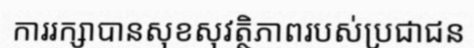
ការរក្សាបានសុខសុវត្ថិភាពរបស់ប្រជាជន